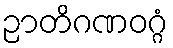
ဉာတိဂဏဝဂ္ဂံ